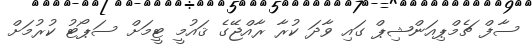
ސާފް ޗެމްޕިިއަންޝިޕް ގައި ވާދަ ކުރާ ރާއްޖޭގެ ޤައުމީ ޓީމަށް ސަޕޯޓު ކުރުުމަށް